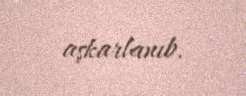
aşkarlanıb.